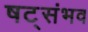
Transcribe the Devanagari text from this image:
षट्संभव